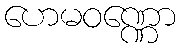
ဟေမဝဏ္ဏော